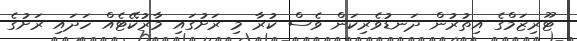
ޓޫރިޒަމްގެ އިތުރުން ދަނޑުވެރިކަން ވެސް ކުރާ މި ރަށުގައި މާރުކޭޓެއް ހަދައި ރަށުގެ